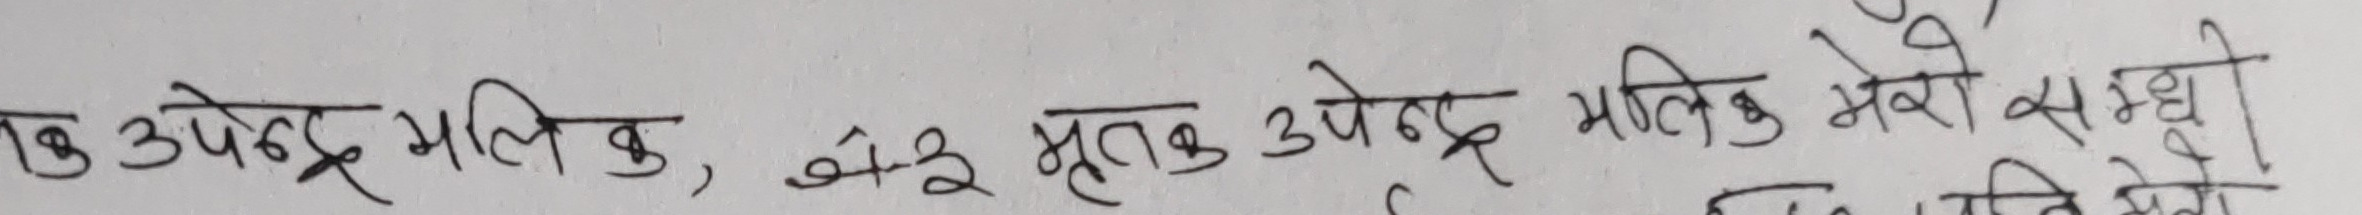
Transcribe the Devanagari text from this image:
उपेंद्र मालिक, अ०इ मृतक उपेंद्र मालिक मेरो सम्बन्धी